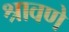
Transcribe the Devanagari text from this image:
श्रावणे